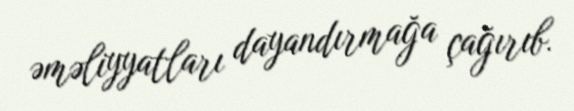
əməliyyatları dayandırmağa çağırıb.